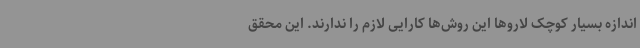
اندازه بسیار کوچک لاروها این روش‌ها کارایی لازم را ندارند. این محقق